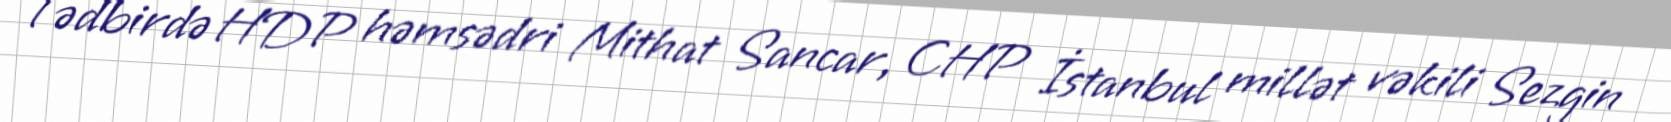
Tədbirdə HDP həmsədri Mithat Sancar, CHP İstanbul millət vəkili Sezgin